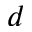
^ d